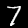
Digit: 7